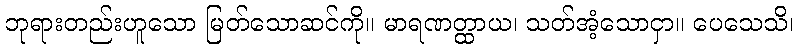
ဘုရားတည်းဟူသော မြတ်သောဆင်ကို။ မာရဏတ္ထာယ၊ သတ်အံ့သောငှာ။ ပေသေသိ၊